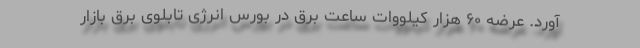
آورد. عرضه ۶۰ هزار کیلووات ساعت برق در بورس انرژی تابلوی برق بازار